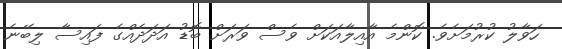
ހަވާލު ކުރުމަށެވެ. ކޮންމެ އާއިލާއަކަށް ވެސް ވަރަށް ބޮޑު އަދަދެއްގެ ފައިސާ ލިބޭނެ